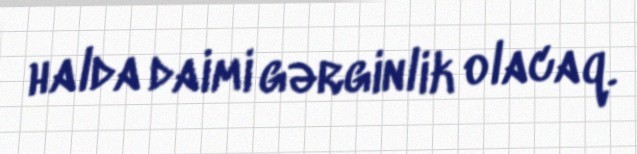
halda daimi gərginlik olacaq.